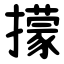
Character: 㩚